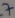
Text: 7